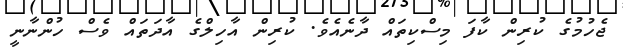
ޖެހުމުގެ ކުރިން ކާފަ މިސްކިތައް ދާނެއެވެ. ކުރިން އާހިލްގެ އާދަތައް ވެސް ހުންނާނީ